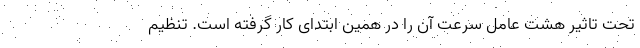
تحت تاثیر هشت عامل سرعت آن را در همین ابتدای کار گرفته است. تنظیم